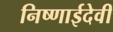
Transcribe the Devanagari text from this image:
निष्णाईदेवी